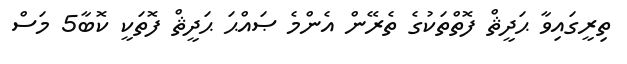
ތިރީގައިވާ ޙަދީޘް ފޮތްތަކުގެ ތެރޭން އެންމެ ޞައްޙަ ޙަދީޘް ފޮތަކީ ކޮބާ5 މަސް